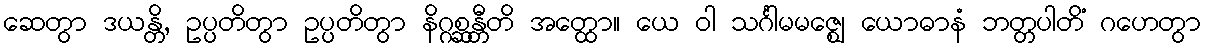
ဆေတွာ ဒယန္တိ, ဥပ္ပတိတွာ ဥပ္ပတိတွာ နိဂ္ဂစ္ဆန္တီတိ အတ္ထော။ ယေ ဝါ သင်္ဂါမမဇ္ဈေ ယောဓာနံ ဘတ္တပါတိံ ဂဟေတွာ